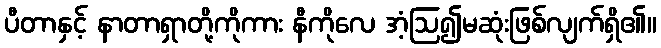
ပီတာနှင့် နာတာရှာတို့ကိုကား နီကိုလေ အံ့ဩ၍မဆုံးဖြစ်လျက်ရှိ၏။